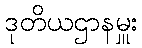
ဒုတိယဌာနမှူး